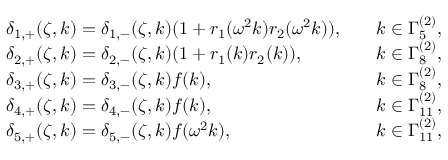
\begin{array} { r l r l } & { \delta _ { 1 , + } ( \zeta , k ) = \delta _ { 1 , - } ( \zeta , k ) ( 1 + r _ { 1 } ( \omega ^ { 2 } k ) r _ { 2 } ( \omega ^ { 2 } k ) ) , } & & { k \in \Gamma _ { 5 } ^ { ( 2 ) } , } \\ & { \delta _ { 2 , + } ( \zeta , k ) = \delta _ { 2 , - } ( \zeta , k ) ( 1 + r _ { 1 } ( k ) r _ { 2 } ( k ) ) , } & & { k \in \Gamma _ { 8 } ^ { ( 2 ) } , } \\ & { \delta _ { 3 , + } ( \zeta , k ) = \delta _ { 3 , - } ( \zeta , k ) f ( k ) , } & & { k \in \Gamma _ { 8 } ^ { ( 2 ) } , } \\ & { \delta _ { 4 , + } ( \zeta , k ) = \delta _ { 4 , - } ( \zeta , k ) f ( k ) , } & & { k \in \Gamma _ { 1 1 } ^ { ( 2 ) } , } \\ & { \delta _ { 5 , + } ( \zeta , k ) = \delta _ { 5 , - } ( \zeta , k ) f ( \omega ^ { 2 } k ) , } & & { k \in \Gamma _ { 1 1 } ^ { ( 2 ) } , } \end{array}